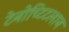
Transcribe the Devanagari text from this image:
टेनोच्टिटलान